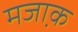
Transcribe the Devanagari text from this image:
मजा़क